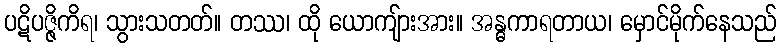
ပဋိပဇ္ဇိကိရ၊ သွားသတတ်။ တဿ၊ ထို ယောကျ်ားအား။ အန္ဓကာရတာယ၊ မှောင်မိုက်နေသည်